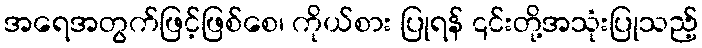
အရေအတွက်ဖြင့်ဖြစ်စေ၊ ကိုယ်စား ပြုရန် ၎င်းတို့အသုံးပြုသည့်